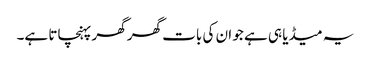
یہ میڈیا ہی ہے جو ان کی بات گھر گھر پہنچاتا ہے۔